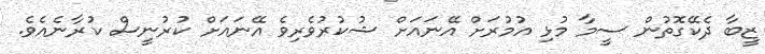
ޒީބާ ދެކޭގޮތުން ސީމާ މުޅި އުމުރަށް އޭނައަށް ޝުކުރުވެރިވެ އޭނައަށް ކުރުނީސް ކުރާނެއެވެ.